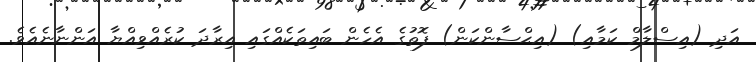
އަދި (އިސްލާމް ކަމާއި) (އިޙްސާންކަން) ފޮތުގެ އެހެން ބައިތަކެއްގައި އިރާދަ ކުރެއްވިއްޔާ އަންނާނެއެވެ.